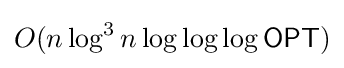
O(n\log ^{3}n\log \log \log {\mathsf {OPT}})